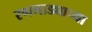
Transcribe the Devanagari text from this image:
रणगाड्याच्या